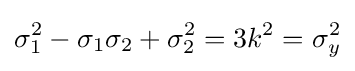
\sigma _{1}^{2}-\sigma _{1}\sigma _{2}+\sigma _{2}^{2}=3k^{2}=\sigma _{y}^{2}\,\!